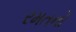
રમતનો